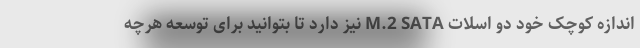
اندازه کوچک خود دو اسلات M.2 SATA نیز دارد تا بتوانید برای توسعه هرچه